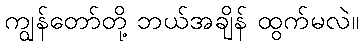
ကျွန်တော်တို့ ဘယ်အချိန် ထွက်မလဲ။